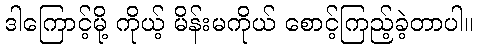
ဒါကြောင့်မို့ ကိုယ့် မိန်းမကိုယ် စောင့်ကြည့်ခဲ့တာပါ။